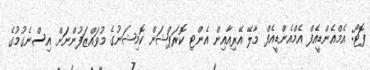
ފޮޓޯ: އެމްއެންޑީއެފް އެމްއެންޑީއެފް މާލޭ އޭރިއާއިން އެންޓި ކޮރަޕްޝަން ކޮމިޝަނުގެ މުވައްޒަފުންނަށް އިސްނެގުމުގެ